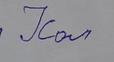
Signature authenticity: forged